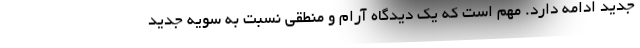
جدید ادامه دارد. مهم است که یک دیدگاه آرام و منطقی نسبت به سویه جدید